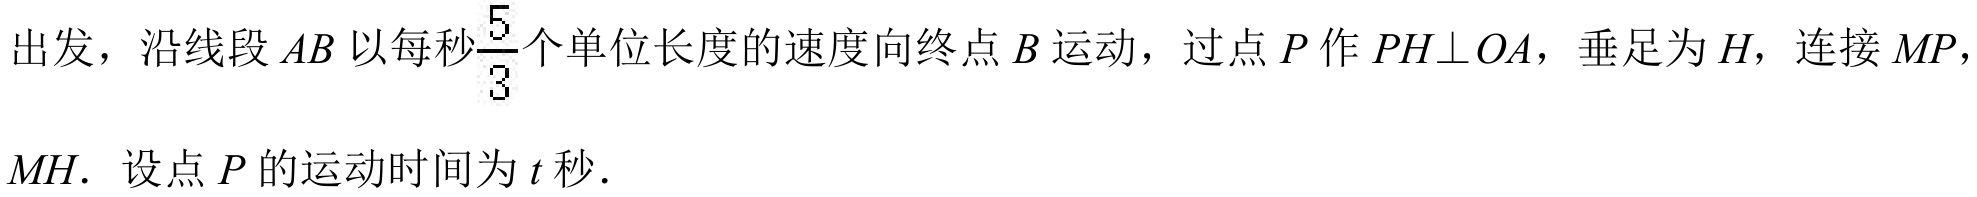
出发，沿线段\(AB\)以每秒\(\frac{5}{3}\)个单位长度的速度向终点\(B\)运动，过点\(P\)作\(PH\bot OA\)，垂足为\(H\)，连接\(MP\)，
\(MH\). 设点\(P\)的运动时间为\(t\)秒.